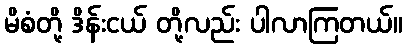
မိစံတို့ ဒိန်းငယ် တို့လည်း ပါလာကြတယ်။